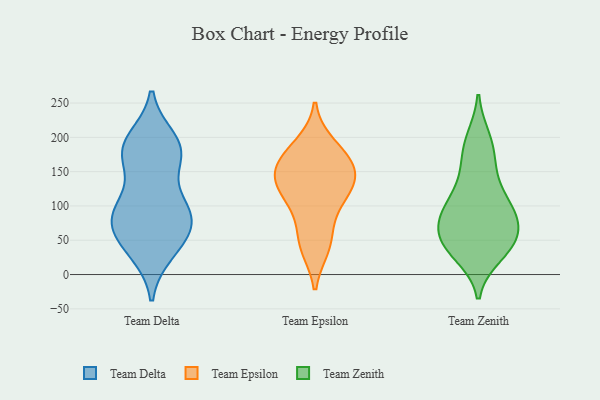
{"axis": {"x": "Conversion Rate (%)", "y": "Value"}, "legend": ["Team Delta", "Team Epsilon", "Team Zenith"], "data": [{"x": "", "y": 81, "type": "Team Delta"}, {"x": "", "y": 98, "type": "Team Delta"}, {"x": "", "y": 33, "type": "Team Delta"}, {"x": "", "y": 167, "type": "Team Delta"}, {"x": "", "y": 37, "type": "Team Delta"}, {"x": "", "y": 60, "type": "Team Delta"}, {"x": "", "y": 175, "type": "Team Delta"}, {"x": "", "y": 185, "type": "Team Delta"}, {"x": "", "y": 53, "type": "Team Delta"}, {"x": "", "y": 87, "type": "Team Delta"}, {"x": "", "y": 96, "type": "Team Delta"}, {"x": "", "y": 101, "type": "Team Delta"}, {"x": "", "y": 176, "type": "Team Delta"}, {"x": "", "y": 196, "type": "Team Delta"}, {"x": "", "y": 77, "type": "Team Delta"}, {"x": "", "y": 188, "type": "Team Delta"}, {"x": "", "y": 145, "type": "Team Epsilon"}, {"x": "", "y": 159, "type": "Team Epsilon"}, {"x": "", "y": 124, "type": "Team Epsilon"}, {"x": "", "y": 116, "type": "Team Epsilon"}, {"x": "", "y": 189, "type": "Team Epsilon"}, {"x": "", "y": 156, "type": "Team Epsilon"}, {"x": "", "y": 47, "type": "Team Epsilon"}, {"x": "", "y": 88, "type": "Team Epsilon"}, {"x": "", "y": 40, "type": "Team Epsilon"}, {"x": "", "y": 175, "type": "Team Epsilon"}, {"x": "", "y": 132, "type": "Team Epsilon"}, {"x": "", "y": 103, "type": "Team Zenith"}, {"x": "", "y": 74, "type": "Team Zenith"}, {"x": "", "y": 198, "type": "Team Zenith"}, {"x": "", "y": 99, "type": "Team Zenith"}, {"x": "", "y": 150, "type": "Team Zenith"}, {"x": "", "y": 132, "type": "Team Zenith"}, {"x": "", "y": 40, "type": "Team Zenith"}, {"x": "", "y": 192, "type": "Team Zenith"}, {"x": "", "y": 45, "type": "Team Zenith"}, {"x": "", "y": 89, "type": "Team Zenith"}, {"x": "", "y": 85, "type": "Team Zenith"}, {"x": "", "y": 52, "type": "Team Zenith"}, {"x": "", "y": 96, "type": "Team Zenith"}, {"x": "", "y": 35, "type": "Team Zenith"}, {"x": "", "y": 171, "type": "Team Zenith"}, {"x": "", "y": 65, "type": "Team Zenith"}, {"x": "", "y": 29, "type": "Team Zenith"}, {"x": "", "y": 51, "type": "Team Zenith"}]}